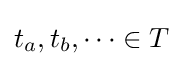
t_{a},t_{b},\dots \in T